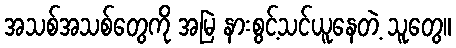
အသစ်အသစ်တွေကို အမြဲ နားစွင့်သင်ယူနေတဲ့ သူတွေ။